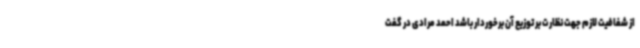
از شفافیت لازم جهت نظارت بر توزیع آن برخوردار باشد احمد مرادی در گفت